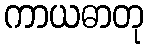
ကာယဓာတု